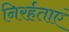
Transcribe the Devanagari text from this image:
निरर्हताएं